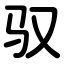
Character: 驭